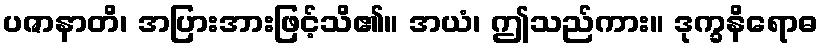
ပဇာနာတိ၊ အပြားအားဖြင့်သိ၏။ အယံ၊ ဤသည်ကား။ ဒုက္ခနိရောဓ